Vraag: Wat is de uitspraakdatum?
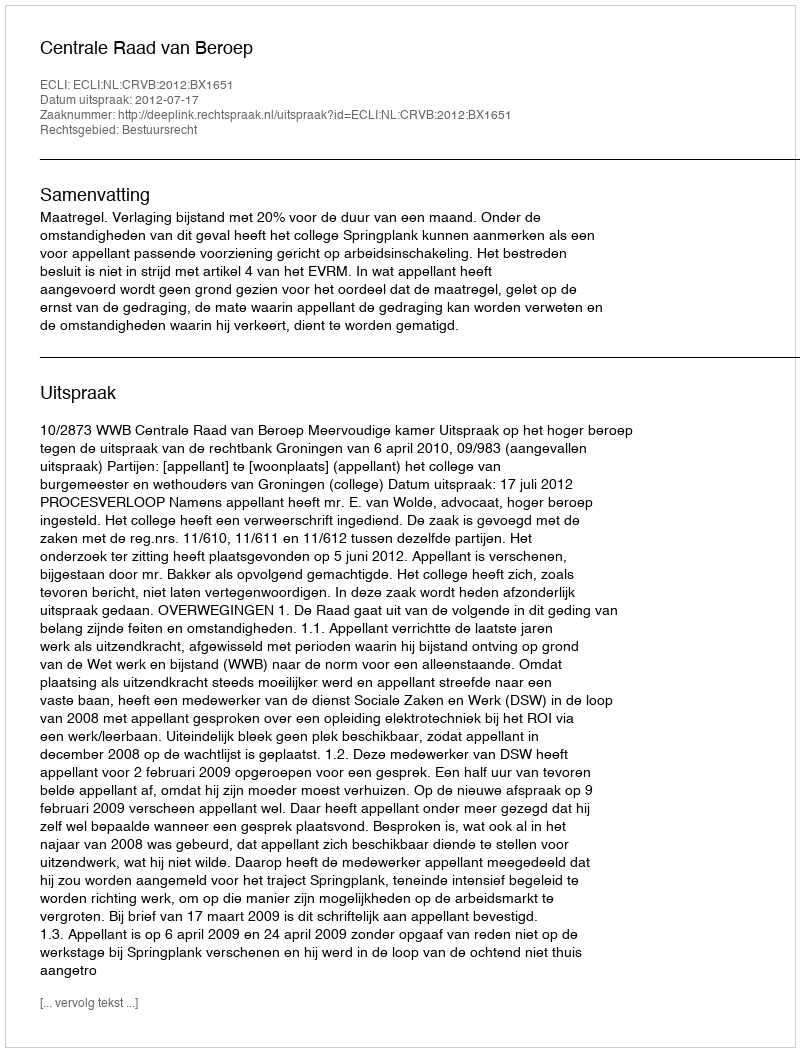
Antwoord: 2012-07-17